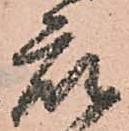
衆